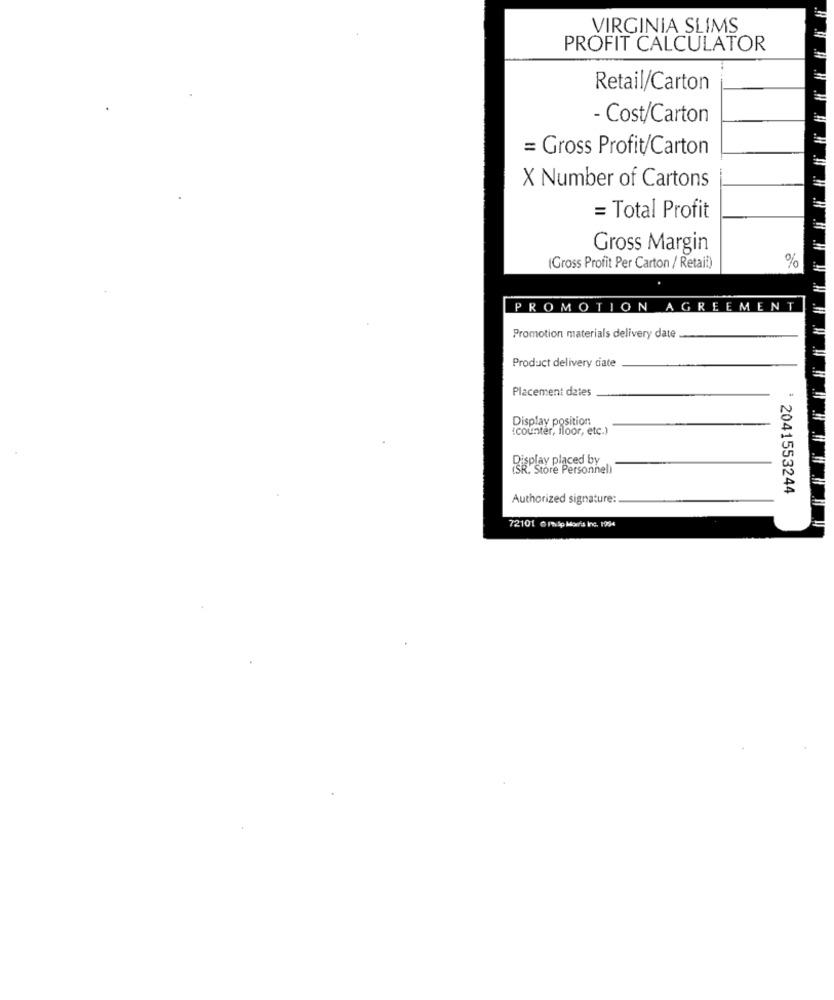
VIRGINIA SLIMS
PROFIT CALCULATOR
Retail/Carton
- Cost/Carton
= Gross Profit/Carton
X Number of Cartons
= Total Profit
Gross Margin
%
(Gross Profit Per Carton / Retail)
PROMOTION
AGREEMENT
Promotion materials delivery date
Product delivery date
Placement dates
Display position
{counter, floor, etc.)
Display placed by
(SR. Store Personnel)
: 2041553244
Authorized signature:
72101 6 map Moira inc. 1994